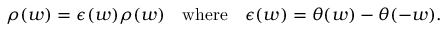
\rho ( w ) = \epsilon ( w ) \rho ( w ) \quad \mathrm { w h e r e } \quad \epsilon ( w ) = \theta ( w ) - \theta ( - w ) .